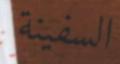
السفينة